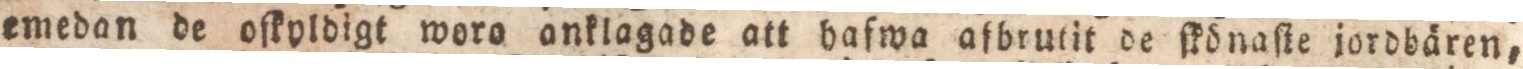
emedan de oſkyldigt woro onklagade att hafwa afbrulit de ſkdnaſte jordbären,